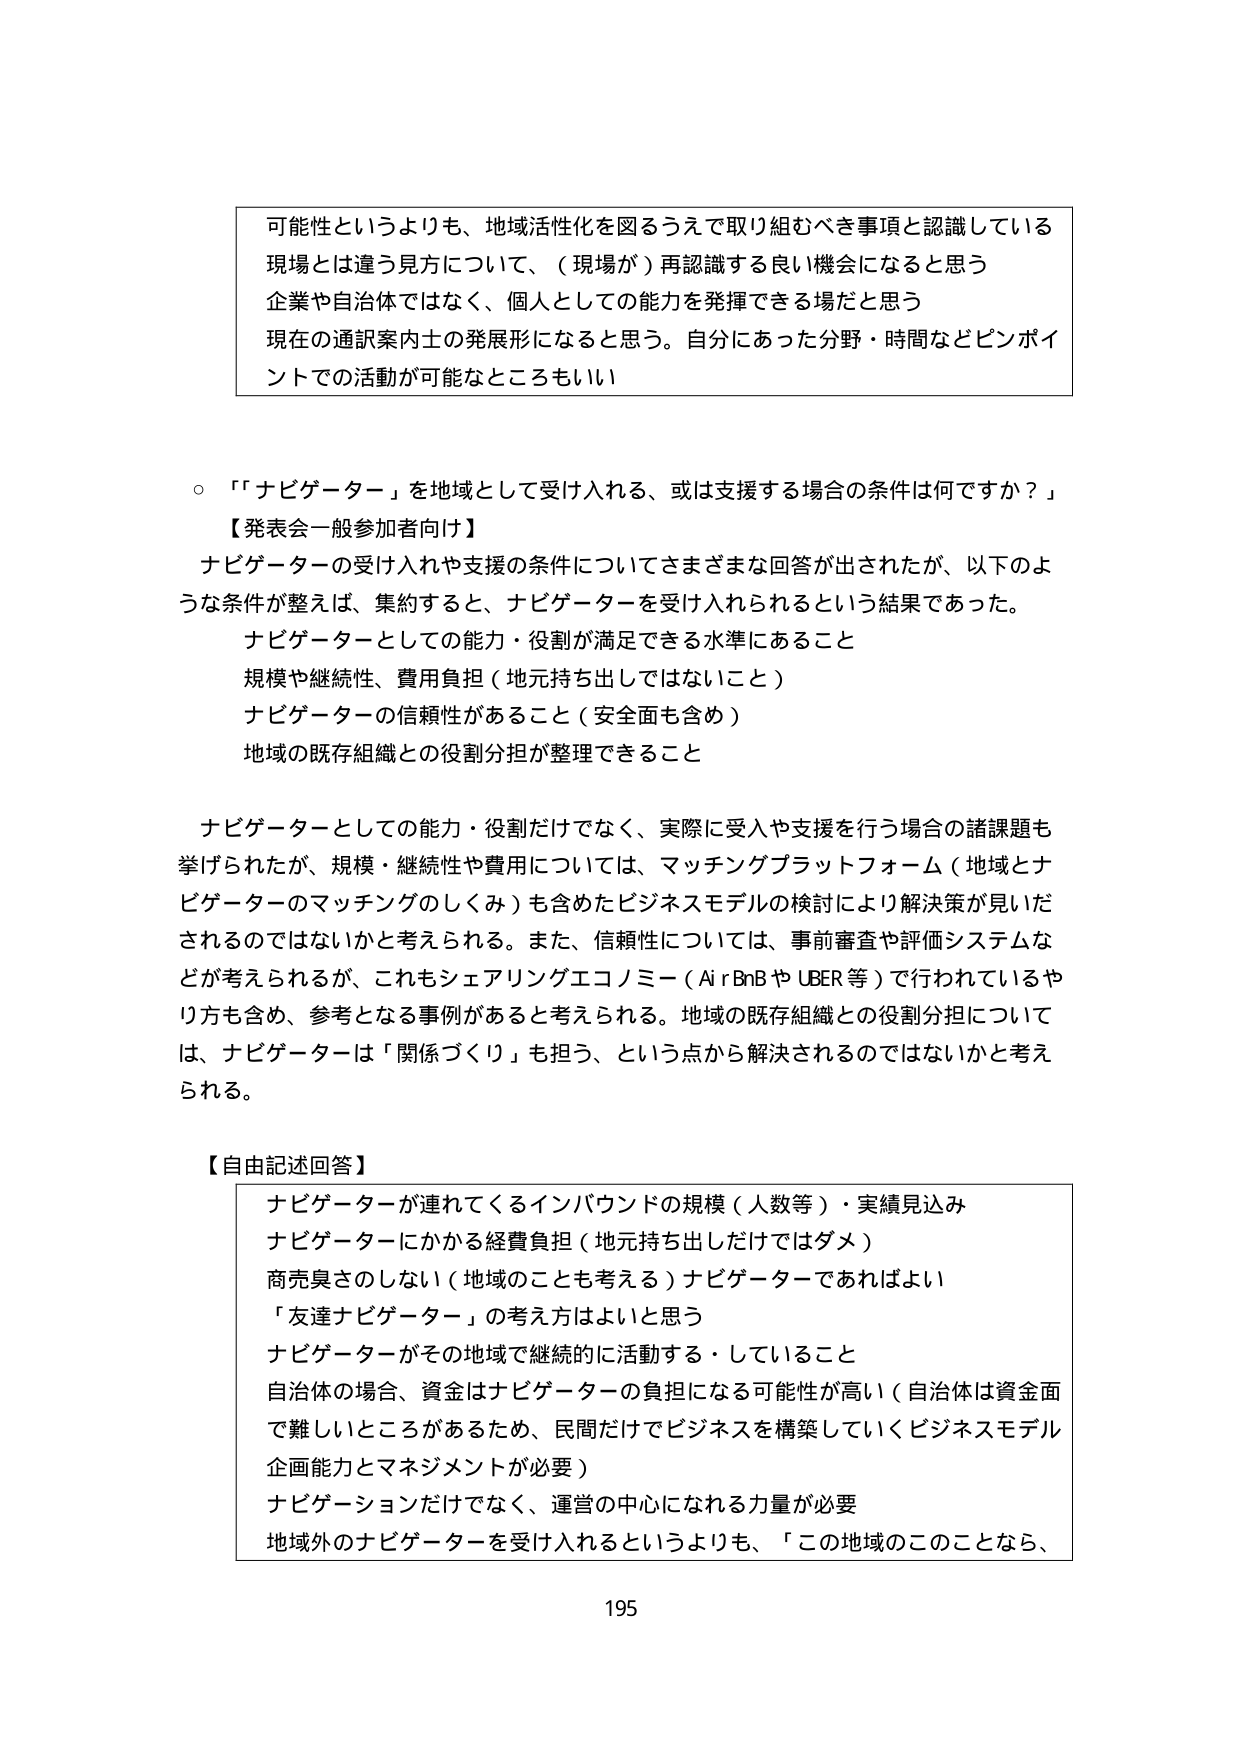
可能性というよりも、地域活性化を図るうえで取り組むべき事項と認識している
現場とは違う見方について、（現場が）再認識する良い機会になると思う
企業や自治体ではなく、個人としての能力を発揮できる場だと思う
現在の通訳案内士の発展形になると思う。自分にあった分野・時間などピンポイントでの活動が可能なところもいい

○「ナビゲーター」を地域として受け入れる、或是支援する場合の条件は何ですか？

【発表会一般参加者向け】
ナビゲーターの受け入れや支援の条件についてさまざまな回答が出されたが、以下のような条件が整えば、集約すると、ナビゲーターを受け入れられるという結果であった。
　ナビゲーターとしての能力・役割が満足できる水準にあること
　規模や継続性、費用負担（地元持ち出しではないこと）
　ナビゲーターの信頼性があること（安全面も含め）
　地域の既存組織との役割分担が整理できること

ナビゲーターとしての能力・役割だけでなく、実際に受入や支援を行う場合の諸課題も挙げられたが、規模・継続性や費用については、マッチングプラットフォーム（地域とナビゲーターのマッチングのしくみ）も含めたビジネスモデルの検討により解決策が見いだされるのではないかと考えられる。また、信頼性については、事前審査や評価システムなどが考えられるが、これもシェアリングエコノミー（AirBnBやUBER等）で行われているやり方も含め、参考となる事例があると考えられる。地域の既存組織との役割分担については、ナビゲーターは「関係づくり」を担う、という点から解決されるのではないかと考えられる。

【自由記述回答】
　ナビゲーターが連れてくるインバウンドの規模（人数等）・実績見込み
　ナビゲーターにかかる経費負担（地元持ち出しだけではダメ）
　商売臭さのしない（地域のことも考える）ナビゲーターであればよい
　「友達ナビゲーター」の考え方はよいと思う
　ナビゲーターがその地域で継続的に活動する・していること
　自治体の場合、資金はナビゲーターの負担になる可能性が高い（自治体は資金面で難しいところがあるため、民間だけでビジネスを構築していくビジネスモデル企画能力とマネジメントが必要）
　ナビゲーションだけでなく、運営の中心になれる力量が必要
　地域外のナビゲーターを受け入れるというよりも、「この地域のこのことなら、

195